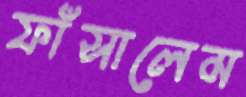
ফাঁসালেম